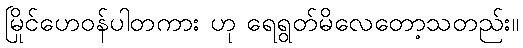
မြိုင်ဟေဝန်ပါတကား ဟု ရေရွတ်မိလေတော့သတည်း။